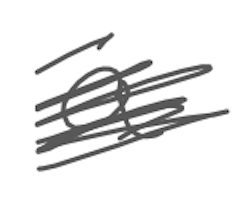
Text: a
Cross-out: mix
Writing tool: digital_gray